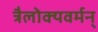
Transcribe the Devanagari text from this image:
त्रैलोक्यवर्मन्‌